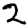
Digit: 2